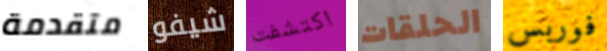
متقدمة شيفو اكتشفت الحلقات فوربس